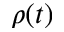
\rho ( t )